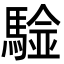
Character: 𩤼